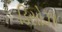
ડિસોઝા